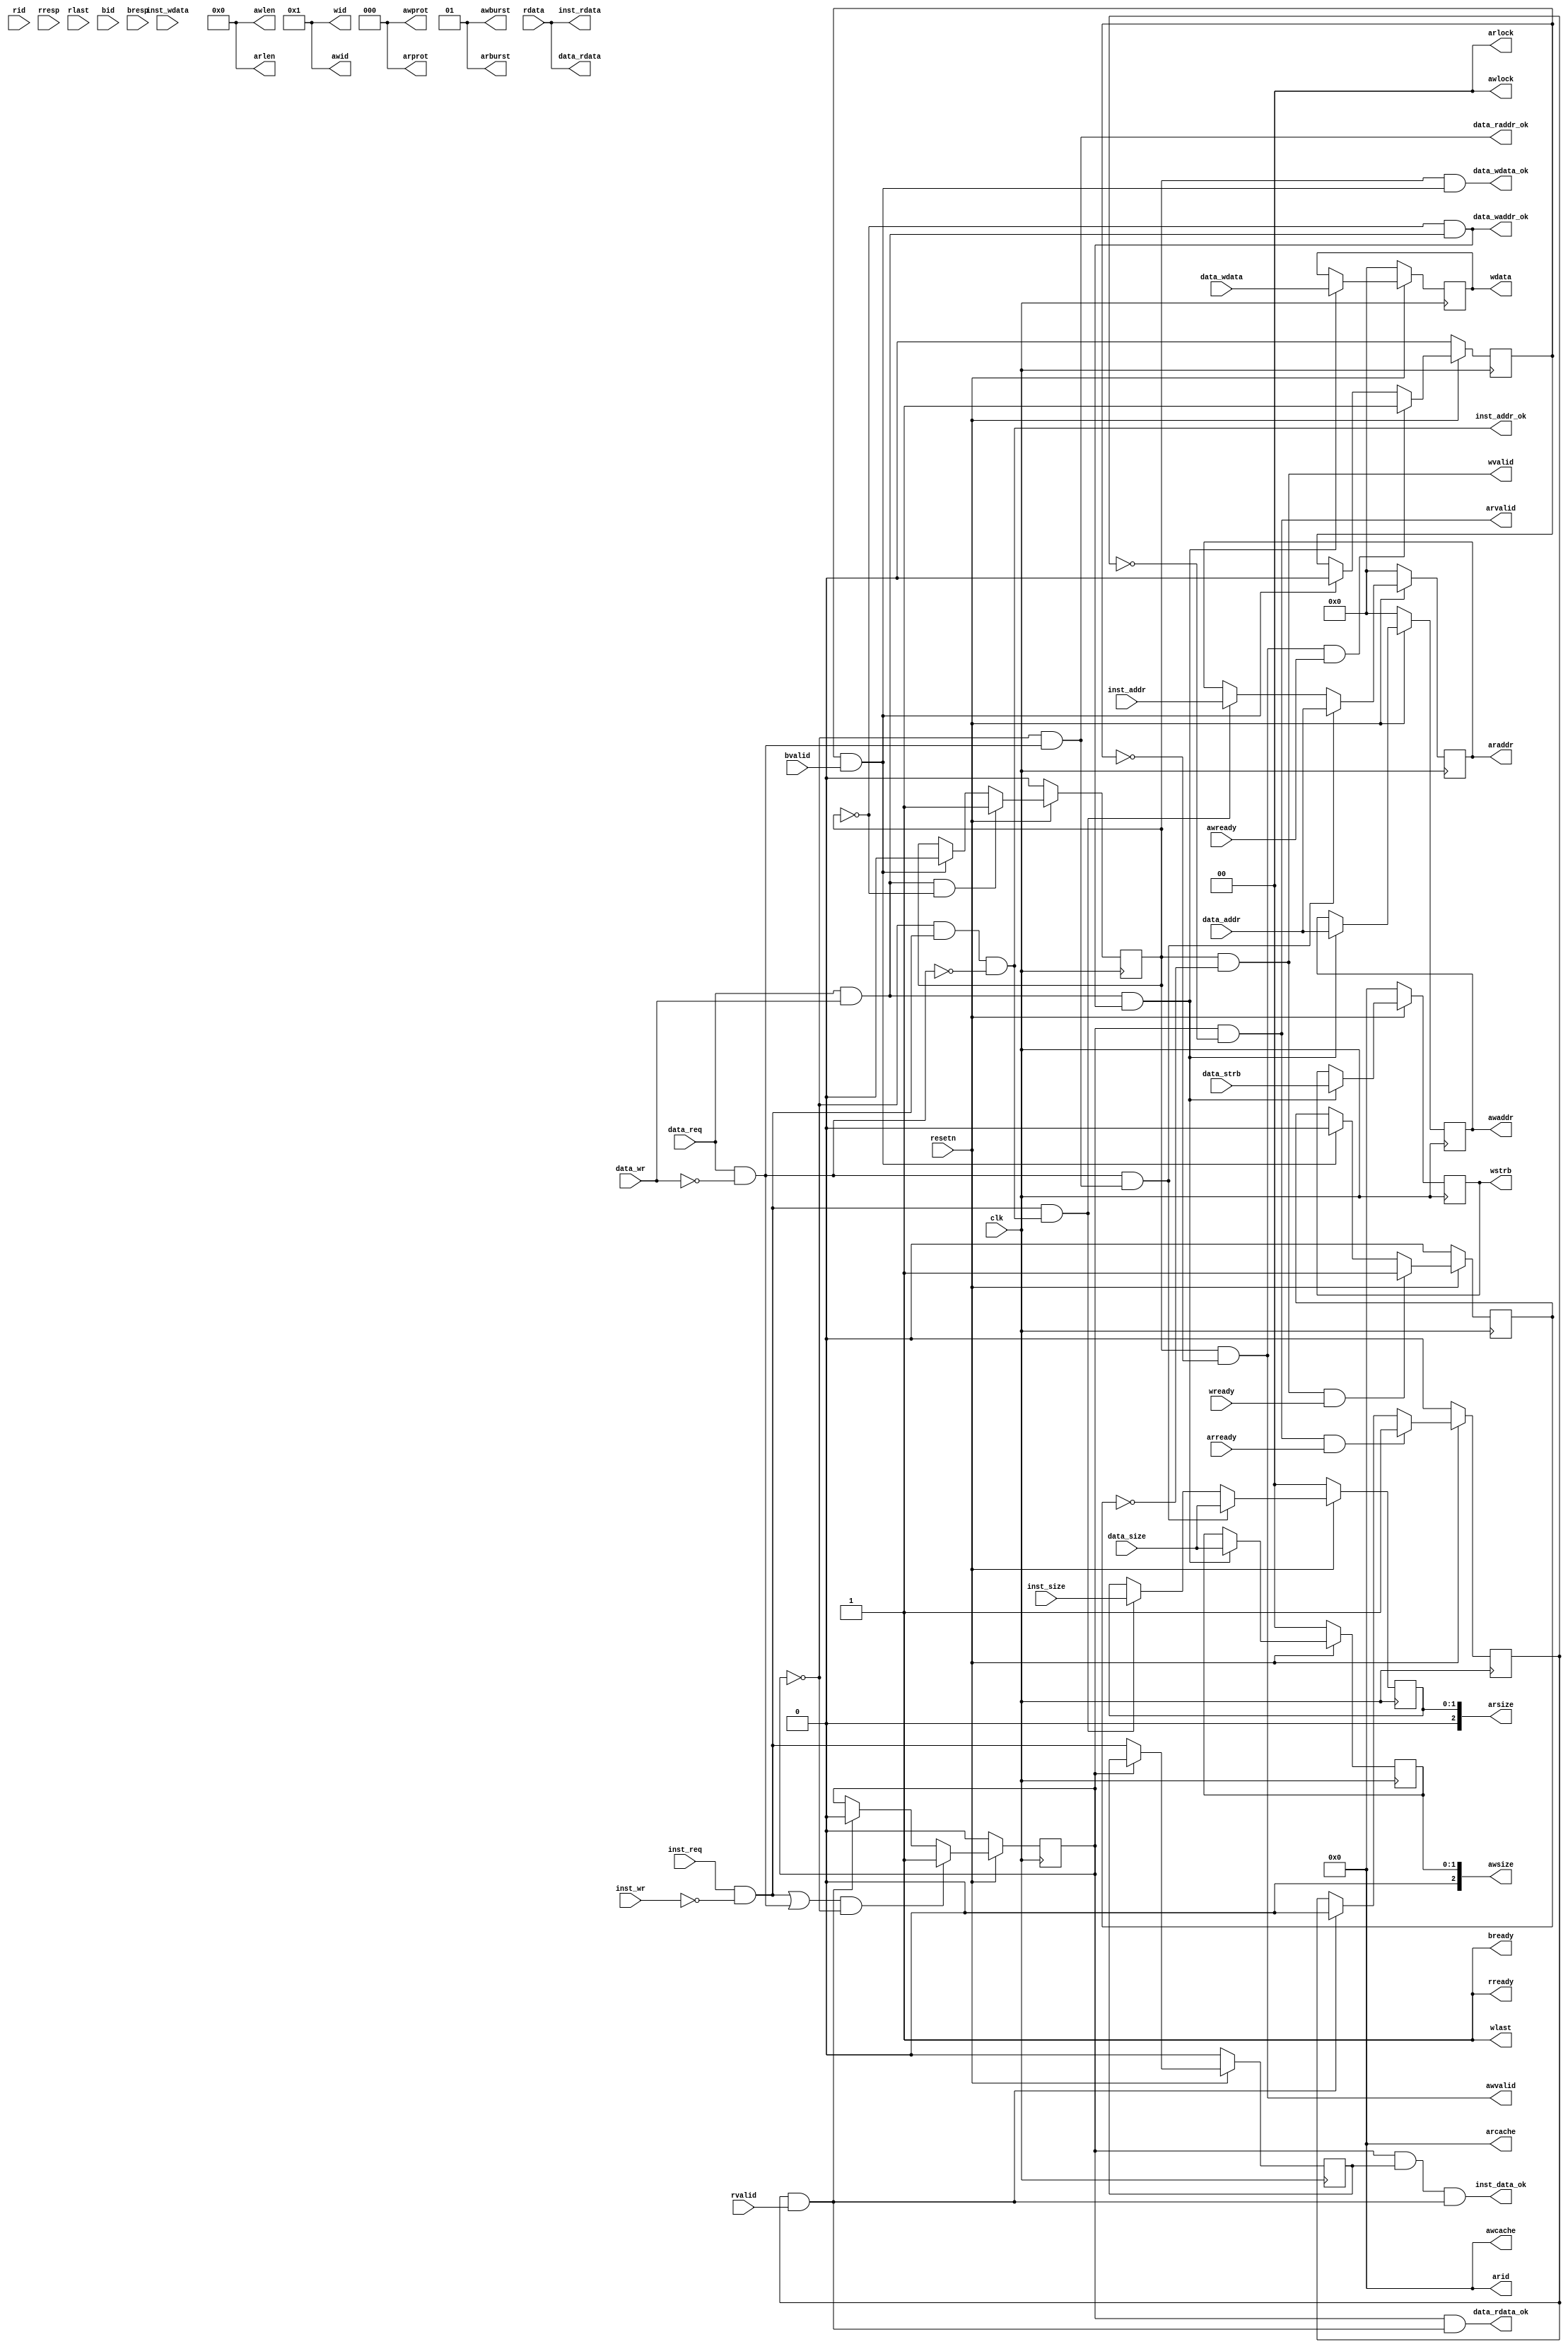
// Project: cpu_axi_interface

module cpu_axi_interface (
    input         clk,
    input         resetn,

    //inst sram-like 
    input         inst_req,
    input         inst_wr,
    input  [ 1:0] inst_size,
    input  [31:0] inst_addr,
    input  [31:0] inst_wdata,
    output [31:0] inst_rdata,
    output        inst_addr_ok,
    output        inst_data_ok,
    
    //data sram-like 
    input         data_req,
    input         data_wr,
    input  [ 1:0] data_size,
    input  [ 3:0] data_strb,
    input  [31:0] data_addr,
    input  [31:0] data_wdata,
    output [31:0] data_rdata,
    
    output        data_raddr_ok,
    output        data_waddr_ok,
    output        data_rdata_ok,
    output        data_wdata_ok,

    //axi
    //ar
    output [ 3:0] arid,
    output [31:0] araddr,
    output [ 7:0] arlen, // fix 0
    output [ 2:0] arsize,
    output [ 1:0] arburst, // fix 01
    output [ 1:0] arlock, // fix 0
    output [ 3:0] arcache, // fix 0
    output [ 2:0] arprot, // fix 0
    output        arvalid,
    input         arready,
    //r              
    input  [ 3:0] rid,
    input  [31:0] rdata,
    input  [ 1:0] rresp, // ignore
    input         rlast, // ignore
    input         rvalid,
    output        rready,
    //aw           
    output [ 3:0] awid, // fix 1
    output [31:0] awaddr,
    output [ 7:0] awlen, // fix 0
    output [ 2:0] awsize,
    output [ 1:0] awburst, // fix 01
    output [ 1:0] awlock, // fix 0
    output [ 3:0] awcache, // fix 0
    output [ 2:0] awprot, // fix 0
    output        awvalid,
    input         awready,
    //w          
    output [ 3:0] wid, // fix 1
    output [31:0] wdata,
    output [ 3:0] wstrb,
    output        wlast, // fix 1
    output        wvalid,
    input         wready,
    //b              
    input  [ 3:0] bid, // ignore
    input  [ 1:0] bresp, // ignore
    input         bvalid,
    output        bready
);

    assign arid    = 4'd0;
    assign arlen   = 8'd0;
    assign arburst = 2'b01;
    assign arlock  = 2'd0;
    assign arcache = 4'd0;
    assign arprot  = 3'd0;

    assign awid    = 4'd1;
    assign awlen   = 8'd0;
    assign awburst = 2'b01;
    assign awlock  = 2'd0;
    assign awcache = 4'd0;
    assign awprot  = 3'd0;

    assign wid     = 1'b1;
    assign wlast   = 1'b1;

    wire inst_read, inst_write, data_read, data_write;

    assign inst_read  = inst_req & (inst_wr == 1'b0);
    assign inst_write = inst_req & (inst_wr == 1'b1);
    assign data_read  = data_req & (data_wr == 1'b0);
    assign data_write = data_req & (data_wr == 1'b1);

    reg rreq_reg, rreq_reg_s;
    reg wreq_reg;

    reg [ 1:0] rsize_reg;
    reg [31:0] raddr_reg;

    reg [ 1:0] wsize_reg;
    reg [ 3:0] wstrb_reg;
    reg [31:0] waddr_reg;
    reg [31:0] wdata_reg;

    wire rdata_ok, wdata_ok;

    // read
    always@(posedge clk)
    begin
        if (!resetn)
        begin
            rreq_reg   <=  1'b0;
            rreq_reg_s <=  1'b0;
            rsize_reg  <=  2'd0;
            raddr_reg  <= 32'd0;
        end
        else 
        begin
            if ((inst_read || data_read) && !rreq_reg)
                rreq_reg <= 1'b1;
            else if (rdata_ok)
                rreq_reg <= 1'b0;

            if (!rreq_reg)
                rreq_reg_s <= inst_read;

            if (data_read && data_raddr_ok)
            begin
                rsize_reg  <= data_size;
                raddr_reg  <= data_addr;
            end
            else if (inst_read && inst_addr_ok)
            begin
                rsize_reg  <= inst_size;
                raddr_reg  <= inst_addr;
            end
        end
    end

    // write
    always@(posedge clk)
    begin
        if (!resetn)
        begin
            wreq_reg   <=  1'b0;
            wsize_reg  <=  2'd0;
            wstrb_reg  <=  4'd0;
            waddr_reg  <= 32'd0;
            wdata_reg  <= 32'd0;
        end
        else 
        begin
            if (data_write && !wreq_reg)
                wreq_reg <= 1'b1;
            else if (wdata_ok)
                wreq_reg <= 1'b0;

            if (data_write && data_waddr_ok)
            begin
                wsize_reg  <= data_size;
                wstrb_reg  <= data_strb;
                waddr_reg  <= data_addr;
                wdata_reg  <= data_wdata;
            end
        end
    end

    assign inst_addr_ok = !rreq_reg & inst_read & !data_read;
    assign inst_data_ok = rreq_reg & rreq_reg_s & rdata_ok;
    assign data_raddr_ok = !rreq_reg & data_read;
    assign data_waddr_ok = !wreq_reg & data_write;
    assign data_rdata_ok = rreq_reg & rdata_ok;
    assign data_wdata_ok =  wreq_reg & wdata_ok;

    assign inst_rdata = rdata;
    assign data_rdata = rdata;

    reg raddr_rcv, waddr_rcv, wdata_rcv;

    assign rdata_ok = raddr_rcv & (rvalid & rready);
    assign wdata_ok = waddr_rcv & (bvalid & bready);

    always@(posedge clk)
    begin
        if (!resetn)
        begin
            raddr_rcv <= 1'b0;
            waddr_rcv <= 1'b0;
            wdata_rcv <= 1'b0;
        end
        else 
        begin
            if (arvalid && arready)
                raddr_rcv <= 1'b1;
            else if (rdata_ok)
                raddr_rcv <= 1'b0;

            if (awvalid && awready)
                waddr_rcv <= 1'b1;
            else if (wdata_ok)
                waddr_rcv <= 1'b0;
            
            if (wvalid && wready)
                wdata_rcv <= 1'b1;
            else if (wdata_ok)
                wdata_rcv <= 1'b0;
        end
    end

    assign araddr  = raddr_reg;
    assign arsize  = rsize_reg;
    assign arvalid = rreq_reg & !raddr_rcv;

    assign rready  = 1'b1;

    assign awaddr  = waddr_reg;
    assign awsize  = wsize_reg;
    assign awvalid = wreq_reg & !waddr_rcv;

    assign wdata   = wdata_reg;
    assign wstrb   = wstrb_reg;
    assign wvalid  = wreq_reg & !wdata_rcv;

    assign bready  = 1'b1;

endmodule